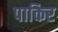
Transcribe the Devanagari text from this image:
पाकिर